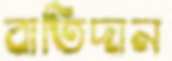
বাতিদান